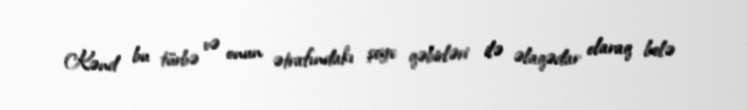
Kənd bu türbə və onun ətrafındakı şeyx qəbirləri ilə əlaqədar olaraq belə